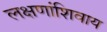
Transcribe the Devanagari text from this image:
लक्षणांशिवाय